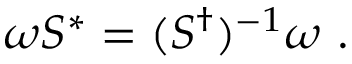
\omega S ^ { * } = ( S ^ { \dagger } ) ^ { - 1 } \omega ~ .